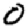
Digit: 0